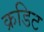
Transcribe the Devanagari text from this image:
क्रडिट